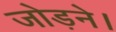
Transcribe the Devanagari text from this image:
जोड़ने।